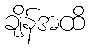
ချိန်အထိ